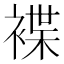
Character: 褋